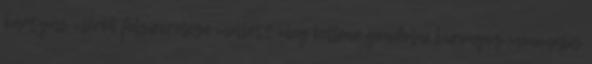
kártyás mérők felszerelése mellett meg kellene gondolni bizonyos minimális